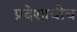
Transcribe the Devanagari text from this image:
प्रदेशाचीच